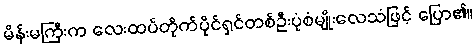
မိန်းမကြီးက လေးထပ်တိုက်ပိုင်ရှင်တစ်ဦးပုံစံမျိုးလေသံဖြင့် ပြော၏။